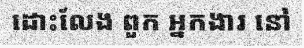
ដោះលែង ពួក អ្នកងារ នៅ